Civil Veterinary Dept. North-West Frontier Province 1933-46 - 1933-1946
Year: 1933
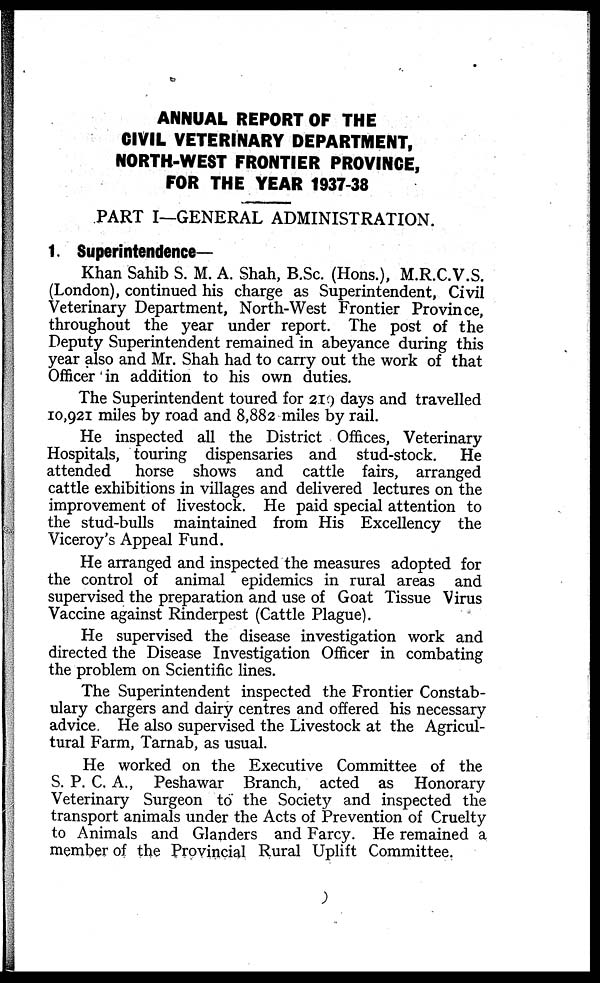
ANNUAL REPORT OF THE
CIVIL VETERINARY DEPARTMENT,
NORTH-WEST FRONTIER PROVINCE,
FOR THE YEAR 1937-38
PART I—GENERAL ADMINISTRATION.
1. Superintendence-
Khan Sahib S. M. A. Shah, B.Sc. (Hons.), M.R.C.V.S.
(London), continued his charge as Superintendent, Civil
Veterinary Department, North-West Frontier Province,
throughout the year under report. The post of the
Deputy Superintendent remained in abeyance during this
year also and Mr. Shah had to carry out the work of that
Officer in addition to his own duties.
The Superintendent toured for 219 days and travelled
10,921 miles by road and 8,882 miles by rail.
He inspected all the District Offices, Veterinary
Hospitals, touring dispensaries and stud-stock. He
attended horse shows and cattle fairs, arranged
cattle exhibitions in villages and delivered lectures on the
improvement of livestock. He paid special attention to
the stud-bulls maintained from His Excellency the
Viceroy's Appeal Fund.
He arranged and inspected the measures adopted for
the control of animal epidemics in rural areas and
supervised the preparation and use of Goat Tissue Virus
Vaccine against Rinderpest (Cattle Plague).
He supervised the disease investigation work and
directed the Disease Investigation Officer in combating
the problem on Scientific lines.
The Superintendent inspected the Frontier Constab-
ulary chargers and dairy centres and offered his necessary
advice. He also supervised the Livestock at the Agricul-
tural Farm, Tarnab, as usual.
He worked on the Executive Committee of the
S. P. C. A., Peshawar Branch, acted as Honorary
Veterinary Surgeon to the Society and inspected the
transport animals under the Acts of Prevention of Cruelty
to Animals and Glanders and Farcy. He remained a
member of the Provincial Rural Uplift Committee.